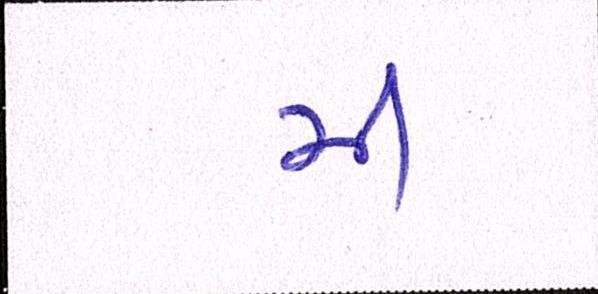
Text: મી